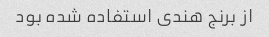
از برنج هندی استفاده شده بود